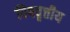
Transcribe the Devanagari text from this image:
विषवृत्तीय